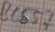
Text: BC557